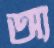
অ্য